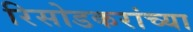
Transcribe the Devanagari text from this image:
रिसोडकरांच्या